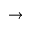
\rightarrow